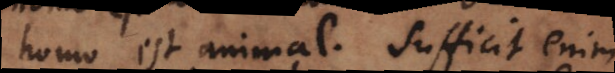
homo est animal. Sufficit enim